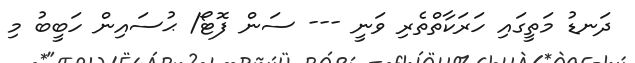
ދަނޑު މަތީގައި ހަރަކާތްތެރި ވަނީ --- ސަން ފޮޓޯ/ ޙުސައިން ހަބީބު މި